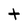
Character: t